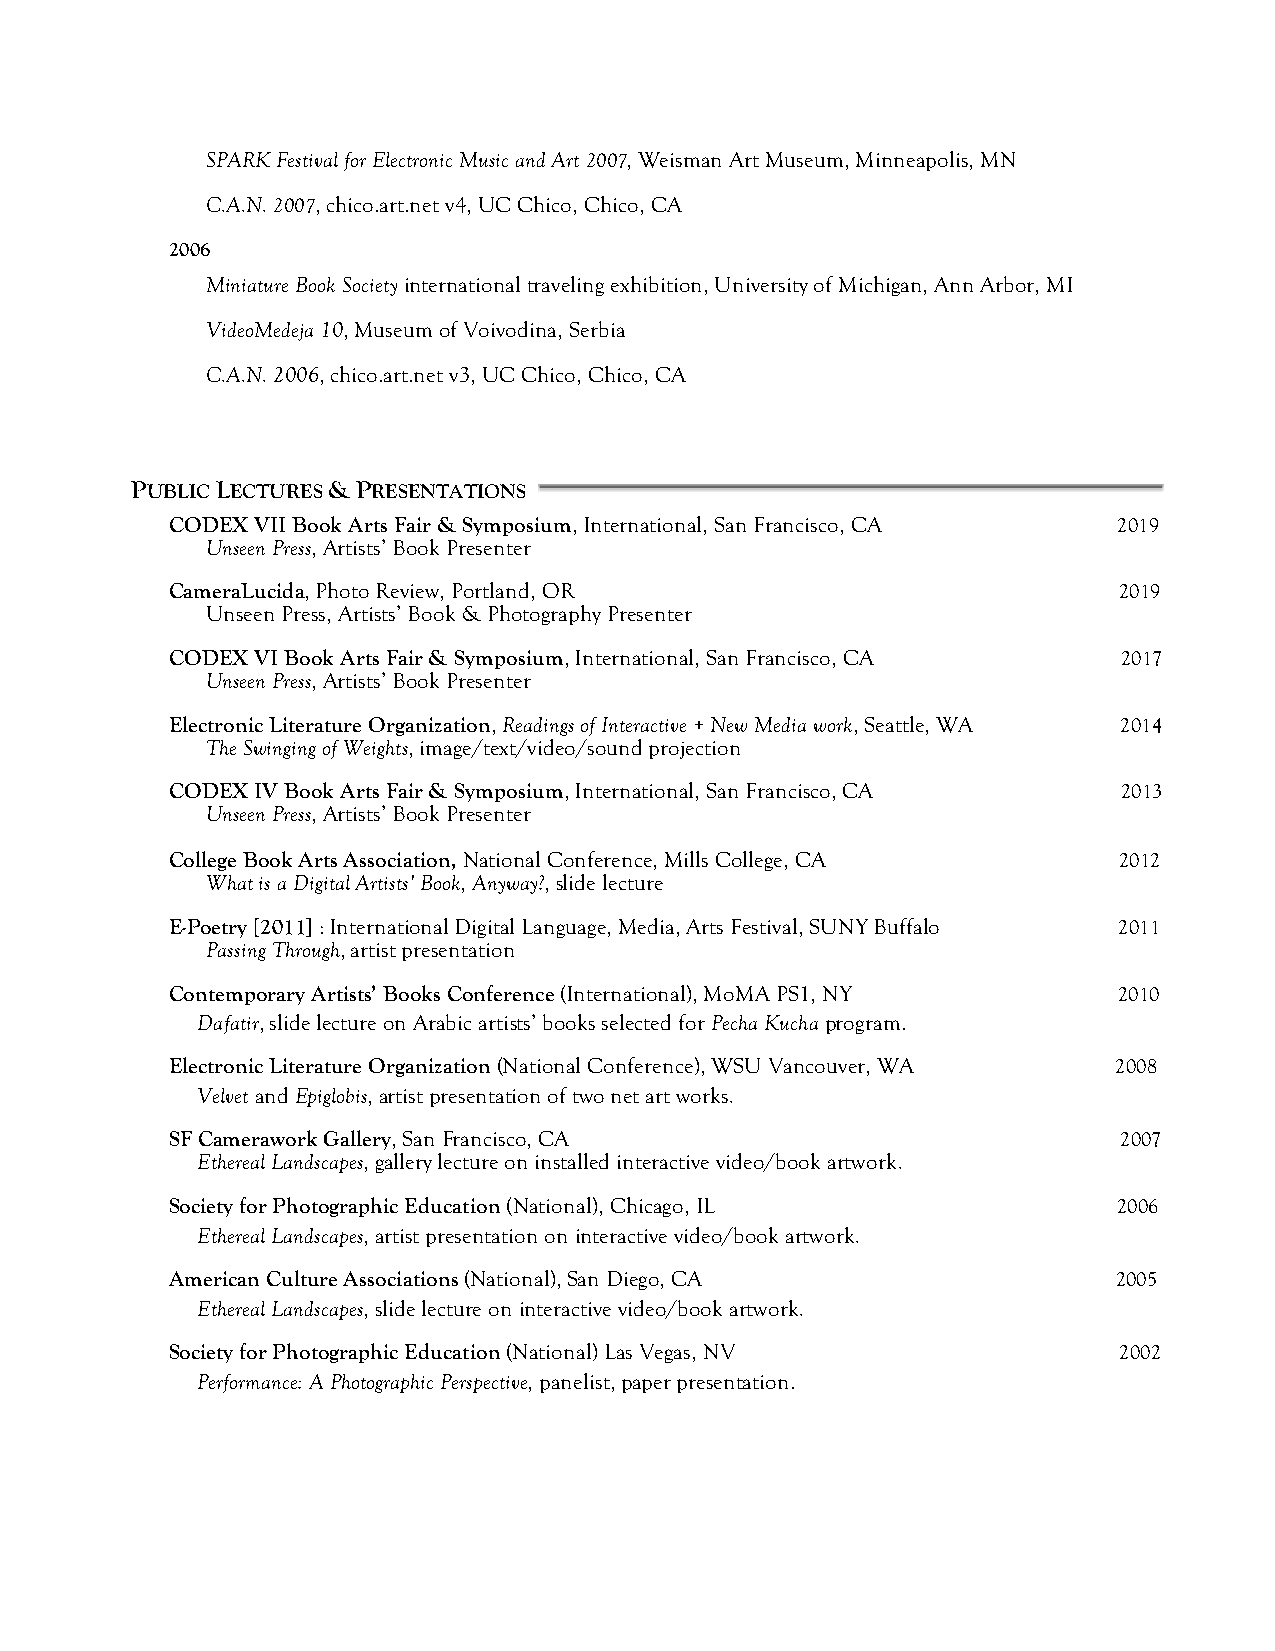
SPARK Festival for Electronic Music and Art 2007, Weisman Art Museum, Minneapolis, MN
 C.A.N. 2007, chico.art.net v4, UC Chico, Chico, CA
 2006
 Miniature Book Society international traveling exhibition, University of Michigan, Ann Arbor, MI
 VideoMedeja 10, Museum of Voivodina, Serbia
 C.A.N. 2006, chico.art.net v3, UC Chico, Chico, CA
 PUBLIC LECTURES & PRESENTATIONS
 CODEX VII Book Arts Fair & Symposium, International, San Francisco, CA 2019
 Unseen Press, Artists’ Book Presenter
 CameraLucida, Photo Review, Portland, OR                       2019
 Unseen Press, Artists’ Book & Photography Presenter
 CODEX VI Book Arts Fair & Symposium, International, San Francisco, CA 2017
 Unseen Press, Artists’ Book Presenter
 Electronic Literature Organization, Readings of Interactive + New Media work, Seattle, WA 2014
 The Swinging of Weights, image/text/video/sound projection
 CODEX IV Book Arts Fair & Symposium, International, San Francisco, CA 2013
 Unseen Press, Artists’ Book Presenter
 College Book Arts Association, National Conference, Mills College, CA 2012
 What is a Digital Artists’ Book, Anyway?, slide lecture
 E-Poetry [2011] : International Digital Language, Media, Arts Festival, SUNY Buffalo 2011
 Passing Through, artist presentation
 Contemporary Artists’ Books Conference (International), MoMA PS1, NY 2010
 Dafatir, slide lecture on Arabic artists’ books selected for Pecha Kucha program.
 Electronic Literature Organization (National Conference), WSU Vancouver, WA 2008
 Velvet and Epiglobis, artist presentation of two net art works.
 SF Camerawork Gallery, San Francisco, CA                       2007
 Ethereal Landscapes, gallery lecture on installed interactive video/book artwork.
 Society for Photographic Education (National), Chicago, IL     2006
 Ethereal Landscapes, artist presentation on interactive video/book artwork.
 American Culture Associations (National), San Diego, CA        2005
 Ethereal Landscapes, slide lecture on interactive video/book artwork.
 Society for Photographic Education (National) Las Vegas, NV    2002
 Performance: A Photographic Perspective, panelist, paper presentation.